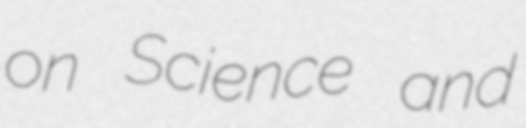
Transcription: on Science and